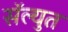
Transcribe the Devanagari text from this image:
सॅल्युत